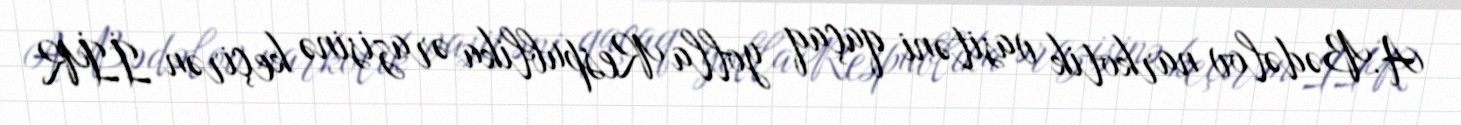
A.Bədəlov narkotik vasitəni qaçaq yolla Respublika ərazisinə keçirən İİR